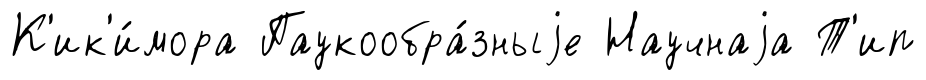
К'ик'и́мора Паукообра́зныjе Научнаjа Т'ип